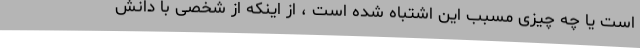
است یا چه چیزی مسبب این اشتباه شده است ، از اینکه از شخصی با دانش